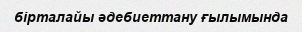
бірталайы әдебиеттану ғылымында